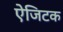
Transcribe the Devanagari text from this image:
ऐजिटक